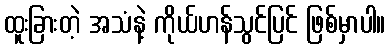
ထူးခြားတဲ့ အသံနဲ့ ကိုယ်ဟန်သွင်ပြင် ဖြစ်မှာပါ။